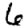
Digit: 6